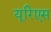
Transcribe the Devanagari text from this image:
यूरिएस